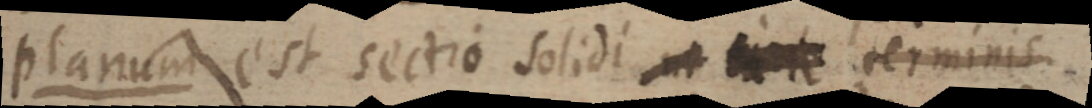
planum est sectio solidi ut terminis.